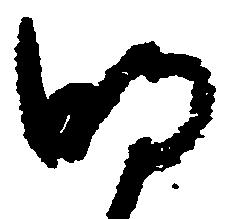
明